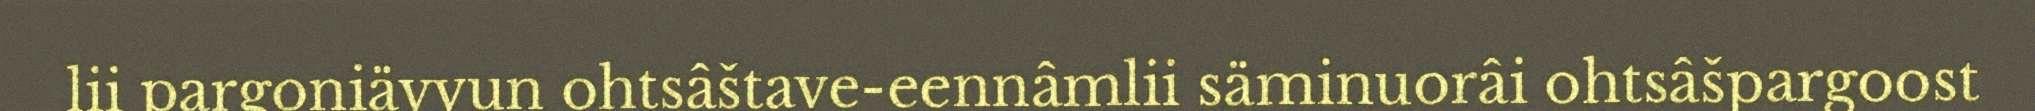
lii pargoniävvun ohtsâštave-eennâmlii säminuorâi ohtsâšpargoost